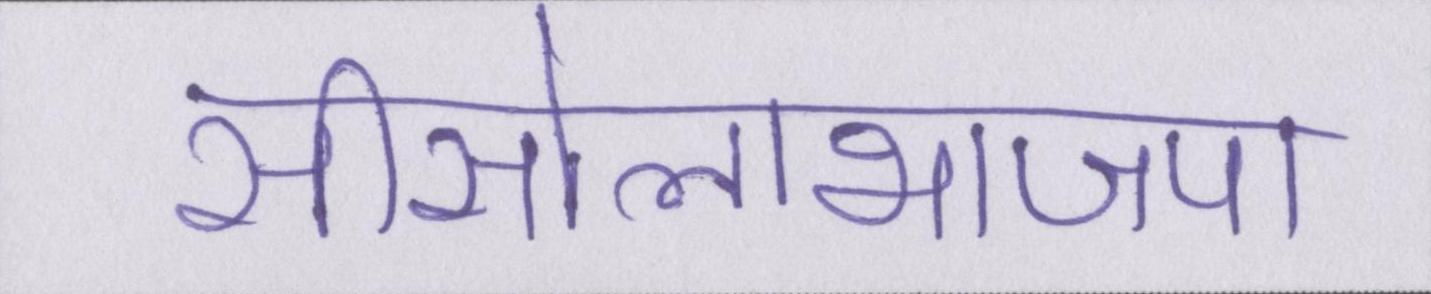
सीसोलाभाजपा